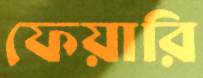
ফেয়ারি